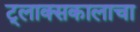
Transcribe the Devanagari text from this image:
ट्लाक्सकालाचा